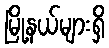
မြို့နယ်များရှိ